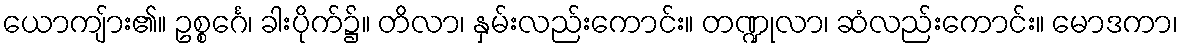
ယောကျ်ား၏။ ဥစ္စင်္ဂေ၊ ခါးပိုက်၌။ တိလာ၊ နှမ်းလည်းကောင်း။ တဏ္ဍုလာ၊ ဆံလည်းကောင်း။ မောဒကာ၊